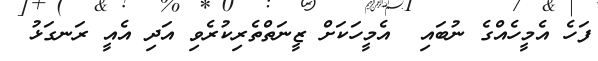
ފަހެ އެމީހެއްގެ ނުބައި  އެމީހަކަށް ޒީނަތްތެރިކުރެވި އަދި އެއީ ރަނގަޅު